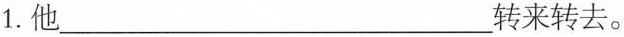
1.他________转来转去。